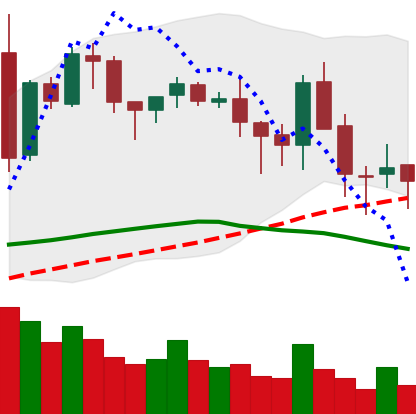
Ticker: BNB-USD
Chart end date: 2018-05-14
Forward return: 10.683%
Label: up_7plus